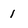
Character: 1